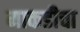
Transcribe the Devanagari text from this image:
माकडीचा